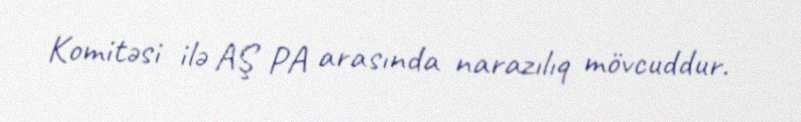
Komitəsi ilə AŞ PA arasında narazılıq mövcuddur.